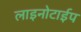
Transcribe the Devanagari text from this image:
लाइनोटाईप